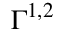
\Gamma ^ { 1 , 2 }